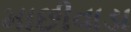
માછીવાડા